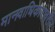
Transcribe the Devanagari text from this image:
मानवाधिकारावरील